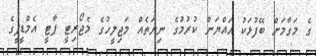
ގެ މަގާމަށް ބޭފުޅަކު އައްޔަން ކުރުމުގެ ނިޔަތެއް މަޖިލީހުގެ މެޖޯރިޓީ ޕާޓީ އެމްޑީޕީގެ